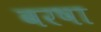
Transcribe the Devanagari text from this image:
बरषा